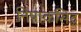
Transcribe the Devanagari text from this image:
निषाकसिद्ध